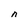
Character: n